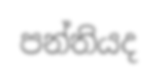
පන්තියද